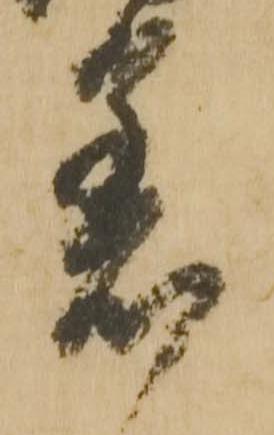
着